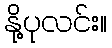
နို့ပုလင်း။